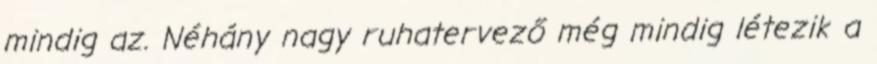
mindig az. Néhány nagy ruhatervező még mindig létezik a